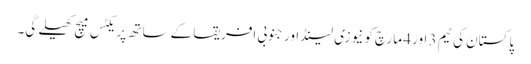
پاکستان کی ٹیم 3 اور 4 مارچ کو نیوزی لینڈ اور جنوبی افریقا کے ساتھ پریکٹس میچ کھیلے گی۔